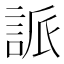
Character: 𮘌